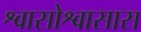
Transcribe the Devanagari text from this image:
श्वासोश्वासास